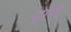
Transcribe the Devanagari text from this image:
ड्रापी